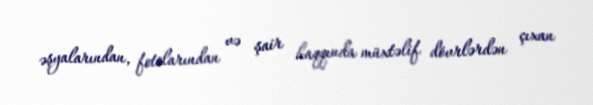
əşyalarından, fotolarından və şair haqqında müxtəlif dövrlərdən çıxan